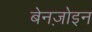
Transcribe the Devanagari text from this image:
बेनज़ोइन